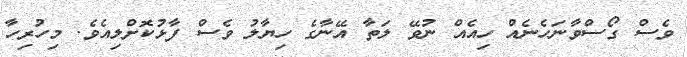
ވެސް ގޯސްވާނަހެނެއް ހިއެއް ނުވޭ ލަތާ އޭނާގެ ހިޔާލު ވެސް ފާޅުކޮށްލިއެވެ. މިހުރިހާ